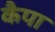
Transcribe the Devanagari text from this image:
कैपा